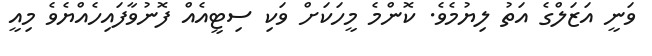
ވަނީ އަޒަލްގެ އަތު ލިޔުމެވެ. ކޮންމެ މީހަކަށް ވަކި ސިޓީއެއް ފޮނުވާފައިހެއްޔެވެ މިއީ